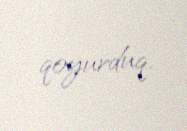
qoyurduq.